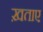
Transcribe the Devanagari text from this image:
ख़ताए